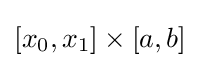
[x_{0},x_{1}]\times [a,b]